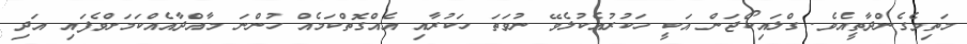
މަތިވެގެންދާތީއެވެ. ގްލައިކޯޖަން އަކީ ހަކުރުއެކުލެވޭ ނުވަތަ ހަކުރާއި އެއްގޮތްކަމެއް ހުންނަ މާއްދާއެއްކަމަށްވެފައި އަދި